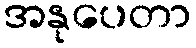
အနုပေတာ